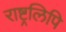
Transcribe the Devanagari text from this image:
राष्ट्रलिपि